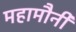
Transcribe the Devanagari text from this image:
महामौनी